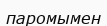
паромымен